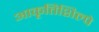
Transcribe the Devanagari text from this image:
आकृतिशिल्पे